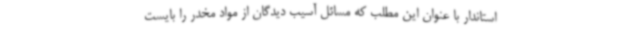
استاندار با عنوان این مطلب که مسائل آسیب دیدگان از مواد مخدر را بایست